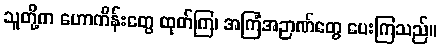
သူတို့က ဟောကိန်းတွေ ထုတ်ကြ၊ အကြံအဉာဏ်တွေ ပေးကြသည်။